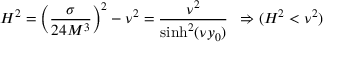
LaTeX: H ^ { 2 } = \left( \frac { \sigma } { 2 4 M ^ { 3 } } \right) ^ { 2 } - \nu ^ { 2 } = \frac { \nu ^ { 2 } } { \sinh ^ { 2 } ( \nu y _ { 0 } ) } \, \, \, \Rightarrow ( H ^ { 2 } < \nu ^ { 2 } )